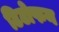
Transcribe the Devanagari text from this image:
टिटोफन